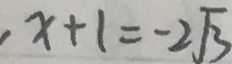
x + 1 = - 2 \sqrt { 3 }